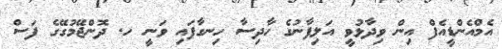
އެމްއެންޑީއެފް އިން ވިދާޅުވީ އަލިފާނުގެ ހާދިސާ ހިނގާފައި ވަނީ ހ. ދޮންޖޭމުގޭގެ ފަސް